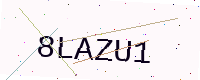
Text: 8LAZU1